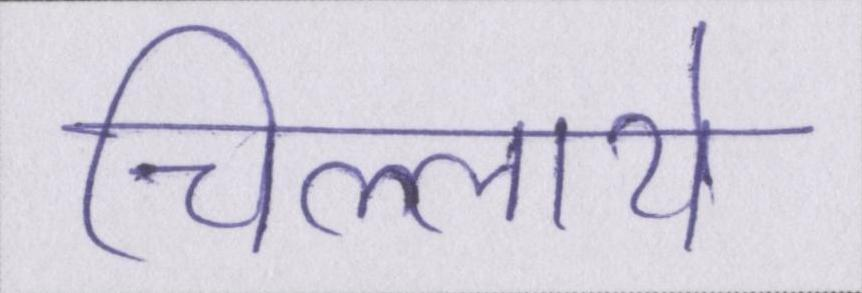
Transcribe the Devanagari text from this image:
चिल्लाये